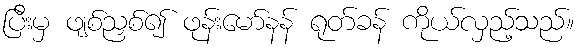
ပြီးမှ ဖျစ်ညှစ်၍ ဖုန်းမော်နန် ရုတ်ခန် ကိုယ်လှည့်သည်။